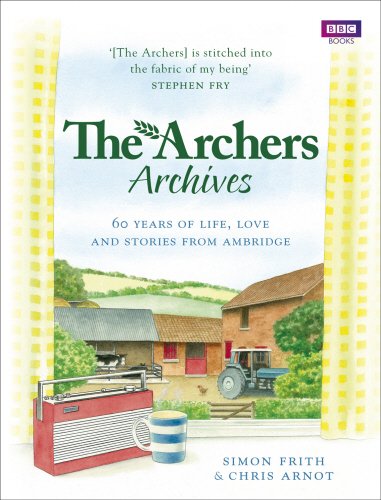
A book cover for The Archers Archives: 60 Years of Life, Love and Stories from Ambridge; Chris Arnot; Humor & Entertainment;